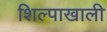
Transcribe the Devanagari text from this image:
शिल्पाखाली